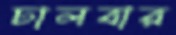
ঢালবার